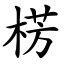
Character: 㭶